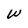
Character: W